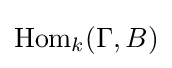
{\text{Hom}}_{k}(\Gamma ,B)